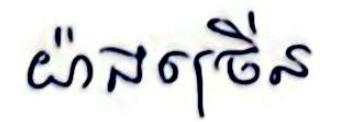
យ៉ាងច្រើន